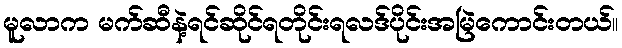
မူလာက မက်ဆီနဲ့ရင်ဆိုင်ရတိုင်းရလဒ်ပိုင်းအမြဲကောင်းတယ်။